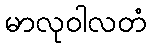
မာလုဝါလတံ